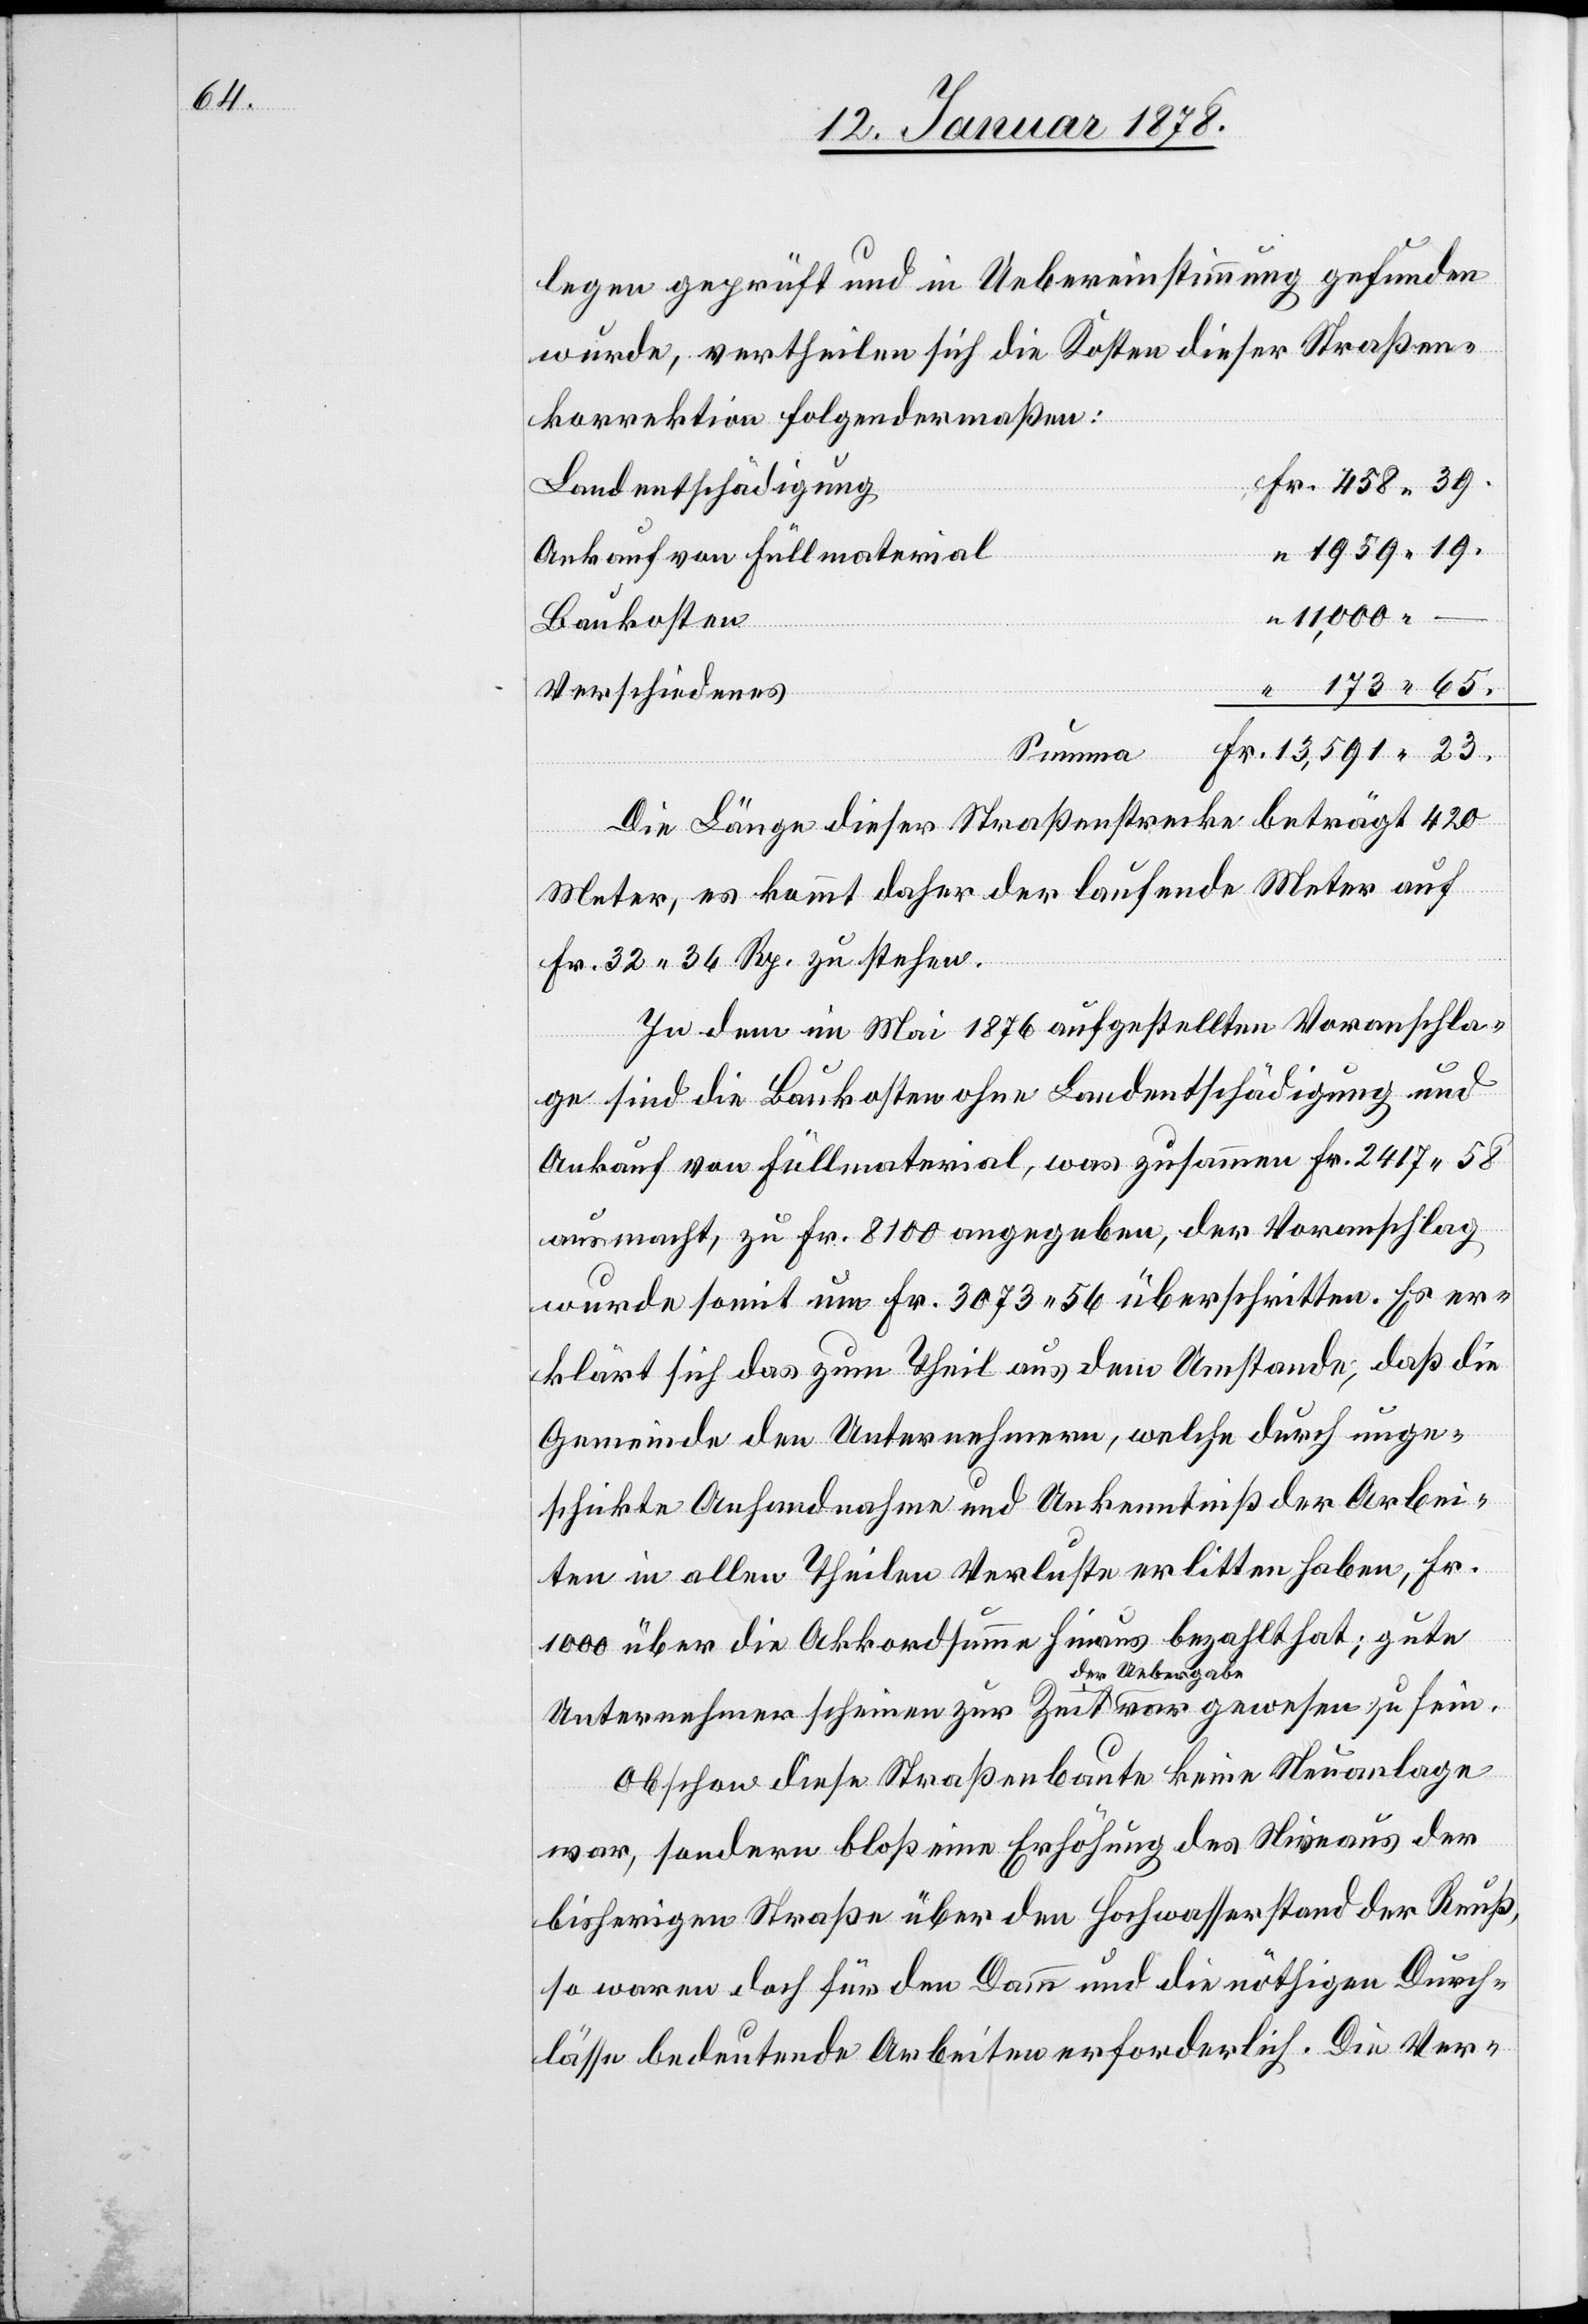
legen geprüft und in Uebereinstimmung gefunden
wurde, vertheilen sich die Kosten dieser Straßen¬
korrektion folgendermaßen:
g	Fr. 458.39
Landentschädigun¬
“ 1959.19
Ankauf von Füllmaterial
“ 11,000. –
“
173.65
Verschiedenes
Fr. 13,591.23
Summe
Die Länge dieser Straßenbaustrecke beträgt 420
Meter, es kommt daher der laufende Meter auf
Fr. 32. 34 Rp. zu stehen.
Zu dem im Mai 1876 aufgestellten Voranschla¬
ge sind die Baukosten ohne Landentschädigung und
Ankauf von Füllmaterial, was zusammen Fr. 2417.58
ausmacht, zu Fr. 8100 angegeben, der Voranschlag
wurde somit um Fr. 3 073.56 überschritten. Es er¬
klärt sich das zum Theil aus dem Umstande, daß die
Gemeinde den Unternehmern, welche durch unge¬
schickte Anhandnahme und Unkenntniß der Arbei¬
ten in allen Theilen Verluste erlitten haben, Fr.
1000 über die Akkordsumme hinaus bezahlt hat; gute
Unternehmer scheinen zur Zeit der Uebergabe rar gewesen zu sein.
Obschon diese Straßenbaute keine Neuanlage
war, sondern bloß eine Erhöhung des Niveaus der
bisherigen Straße über den Hochwasserstand der Reuß,
so waren doch für den Damm und die nöthigen Durch¬
lässe bedeutende Arbeiten erforderlich. Die Ver-